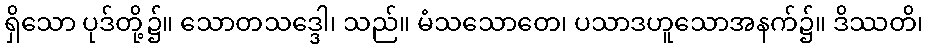
ရှိသော ပုဒ်တို့၌။ သောတသဒ္ဒေါ၊ သည်။ မံသသောတေ၊ ပသာဒဟူသောအနက်၌။ ဒိဿတိ၊